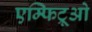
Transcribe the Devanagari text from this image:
एम्फिट्रूओ